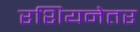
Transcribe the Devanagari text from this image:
रशियनेतर